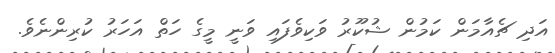
އަދި ޗެއާމަން ކަމުން ޝުކޫރު ވަކިވެފައި ވަނީ މީގެ ހަތް އަހަރު ކުރިންނެވެ.